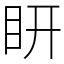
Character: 䀘